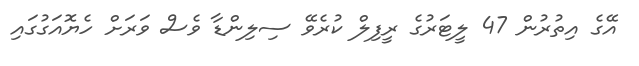
އޭގެ އިތުރުން 47 ލީޓަރުގެ ރީފިލް ކުރެވޭ ސިލިންޑާ ވެސް ވަރަށް ހެޔޮއަގުގައި